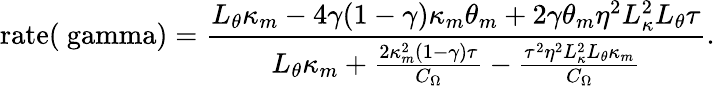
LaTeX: \mathrm{rate(\ gamma)}=\frac{L_{\theta}\kappa_{m}-4\gamma(1-\gamma)\kappa_{m}\theta_{m}+2\gamma\theta_{m}\eta^{2}L_{\kappa}^{2}L_{\theta}\tau}{L_{\theta}\kappa_{m}+\frac{2\kappa_{m}^{2}(1-\gamma)\tau}{C_{\Omega}}-\frac{\tau^{2}\eta^{2}L_{\kappa}^{2}L_{\theta}\kappa_{m}}{C_{\Omega}}}.